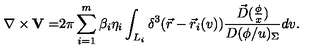
\nabla \times { \bf V = } 2 \pi \sum _ { i = 1 } ^ { m } \beta _ { i } \eta _ { i } \int _ { L _ { i } } \delta ^ { 3 } ( \vec { r } - \vec { r } _ { i } ( v ) ) \frac { \vec { D } ( \frac \phi x ) } { D ( \phi / u ) _ { \Sigma } } d v .